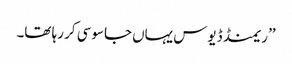
’’ریمنڈ ڈیوس یہاں جاسوسی کر رہا تھا۔